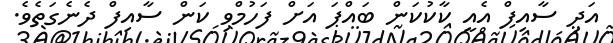
އަދި ސާއިފް އެއީ ކާކުކަން ބައްޕަ އަށް ފަހުމްވި ކަން ސާއިފް ދެނެގަތެވެ.